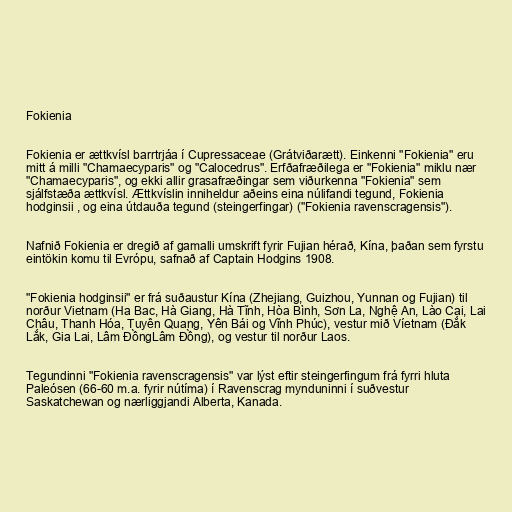
Fokienia

Fokienia er ættkvísl barrtrjáa í Cupressaceae (Grátviðarætt). Einkenni "Fokienia" eru
mitt á milli "Chamaecyparis" og "Calocedrus". Erfðafræðilega er "Fokienia" miklu nær
"Chamaecyparis", og ekki allir grasafræðingar sem viðurkenna "Fokienia" sem
sjálfstæða ættkvísl. Ættkvíslin inniheldur aðeins eina núlifandi tegund, Fokienia
hodginsii , og eina útdauða tegund (steingerfingar) ("Fokienia ravenscragensis").

Nafnið Fokienia er dregið af gamalli umskrift fyrir Fujian hérað, Kína, þaðan sem fyrstu
eintökin komu til Evrópu, safnað af Captain Hodgins 1908.

"Fokienia hodginsii" er frá suðaustur Kína (Zhejiang, Guizhou, Yunnan og Fujian) til
norður Vietnam (Ha Bac, Hà Giang, Hà Tĩnh, Hòa Bình, Sơn La, Nghệ An, Lào Cai, Lai
Châu, Thanh Hóa, Tuyên Quang, Yên Bái og Vĩnh Phúc), vestur mið Víetnam (Đắk
Lắk, Gia Lai, Lâm ĐồngLâm Đồng), og vestur til norður Laos.

Tegundinni "Fokienia ravenscragensis" var lýst eftir steingerfingum frá fyrri hluta
Paleósen (66-60 m.a. fyrir nútíma) í Ravenscrag mynduninni í suðvestur
Saskatchewan og nærliggjandi Alberta, Kanada.